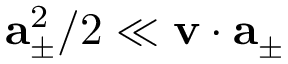
\mathbf { a } _ { \pm } ^ { 2 } / 2 \ll \mathbf { v } \cdot \mathbf { a } _ { \pm }